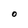
Character: O